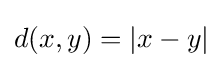
d(x,y)=\left|x-y\right|